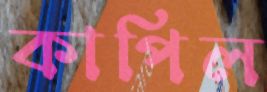
কাপিল